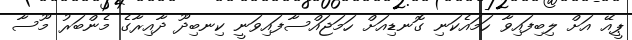
ޕީއޭ އަށް ލިބިފައިވާ ހަމައެކަނި ގޮނޑިއަށް ހަމަޖައްސާފައިވަނީ ކިނބިދޫ ދާއިރާގެ މެންބަރު މޫސާ